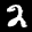
Label: 2